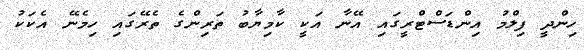
ހިންދީ ފިލްމު އިންޑަސްޓްރީގައި އޭނާ އަކީ ކާމިޔާބު ތަރިންގެ ތެރޭގައި ހިމެނޭ އެކަކު